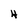
Character: H